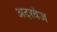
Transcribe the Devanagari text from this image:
अदरवेज